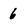
Character: 6